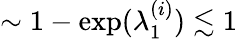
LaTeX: \sim 1-\exp(\lambda_{1}^{(i)})\lesssim 1